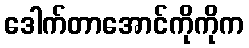
ဒေါက်တာအောင်ကိုကိုက